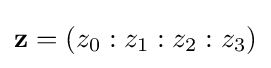
\mathbf {z} =(z_{0}:z_{1}:z_{2}:z_{3})